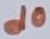
Text: d0